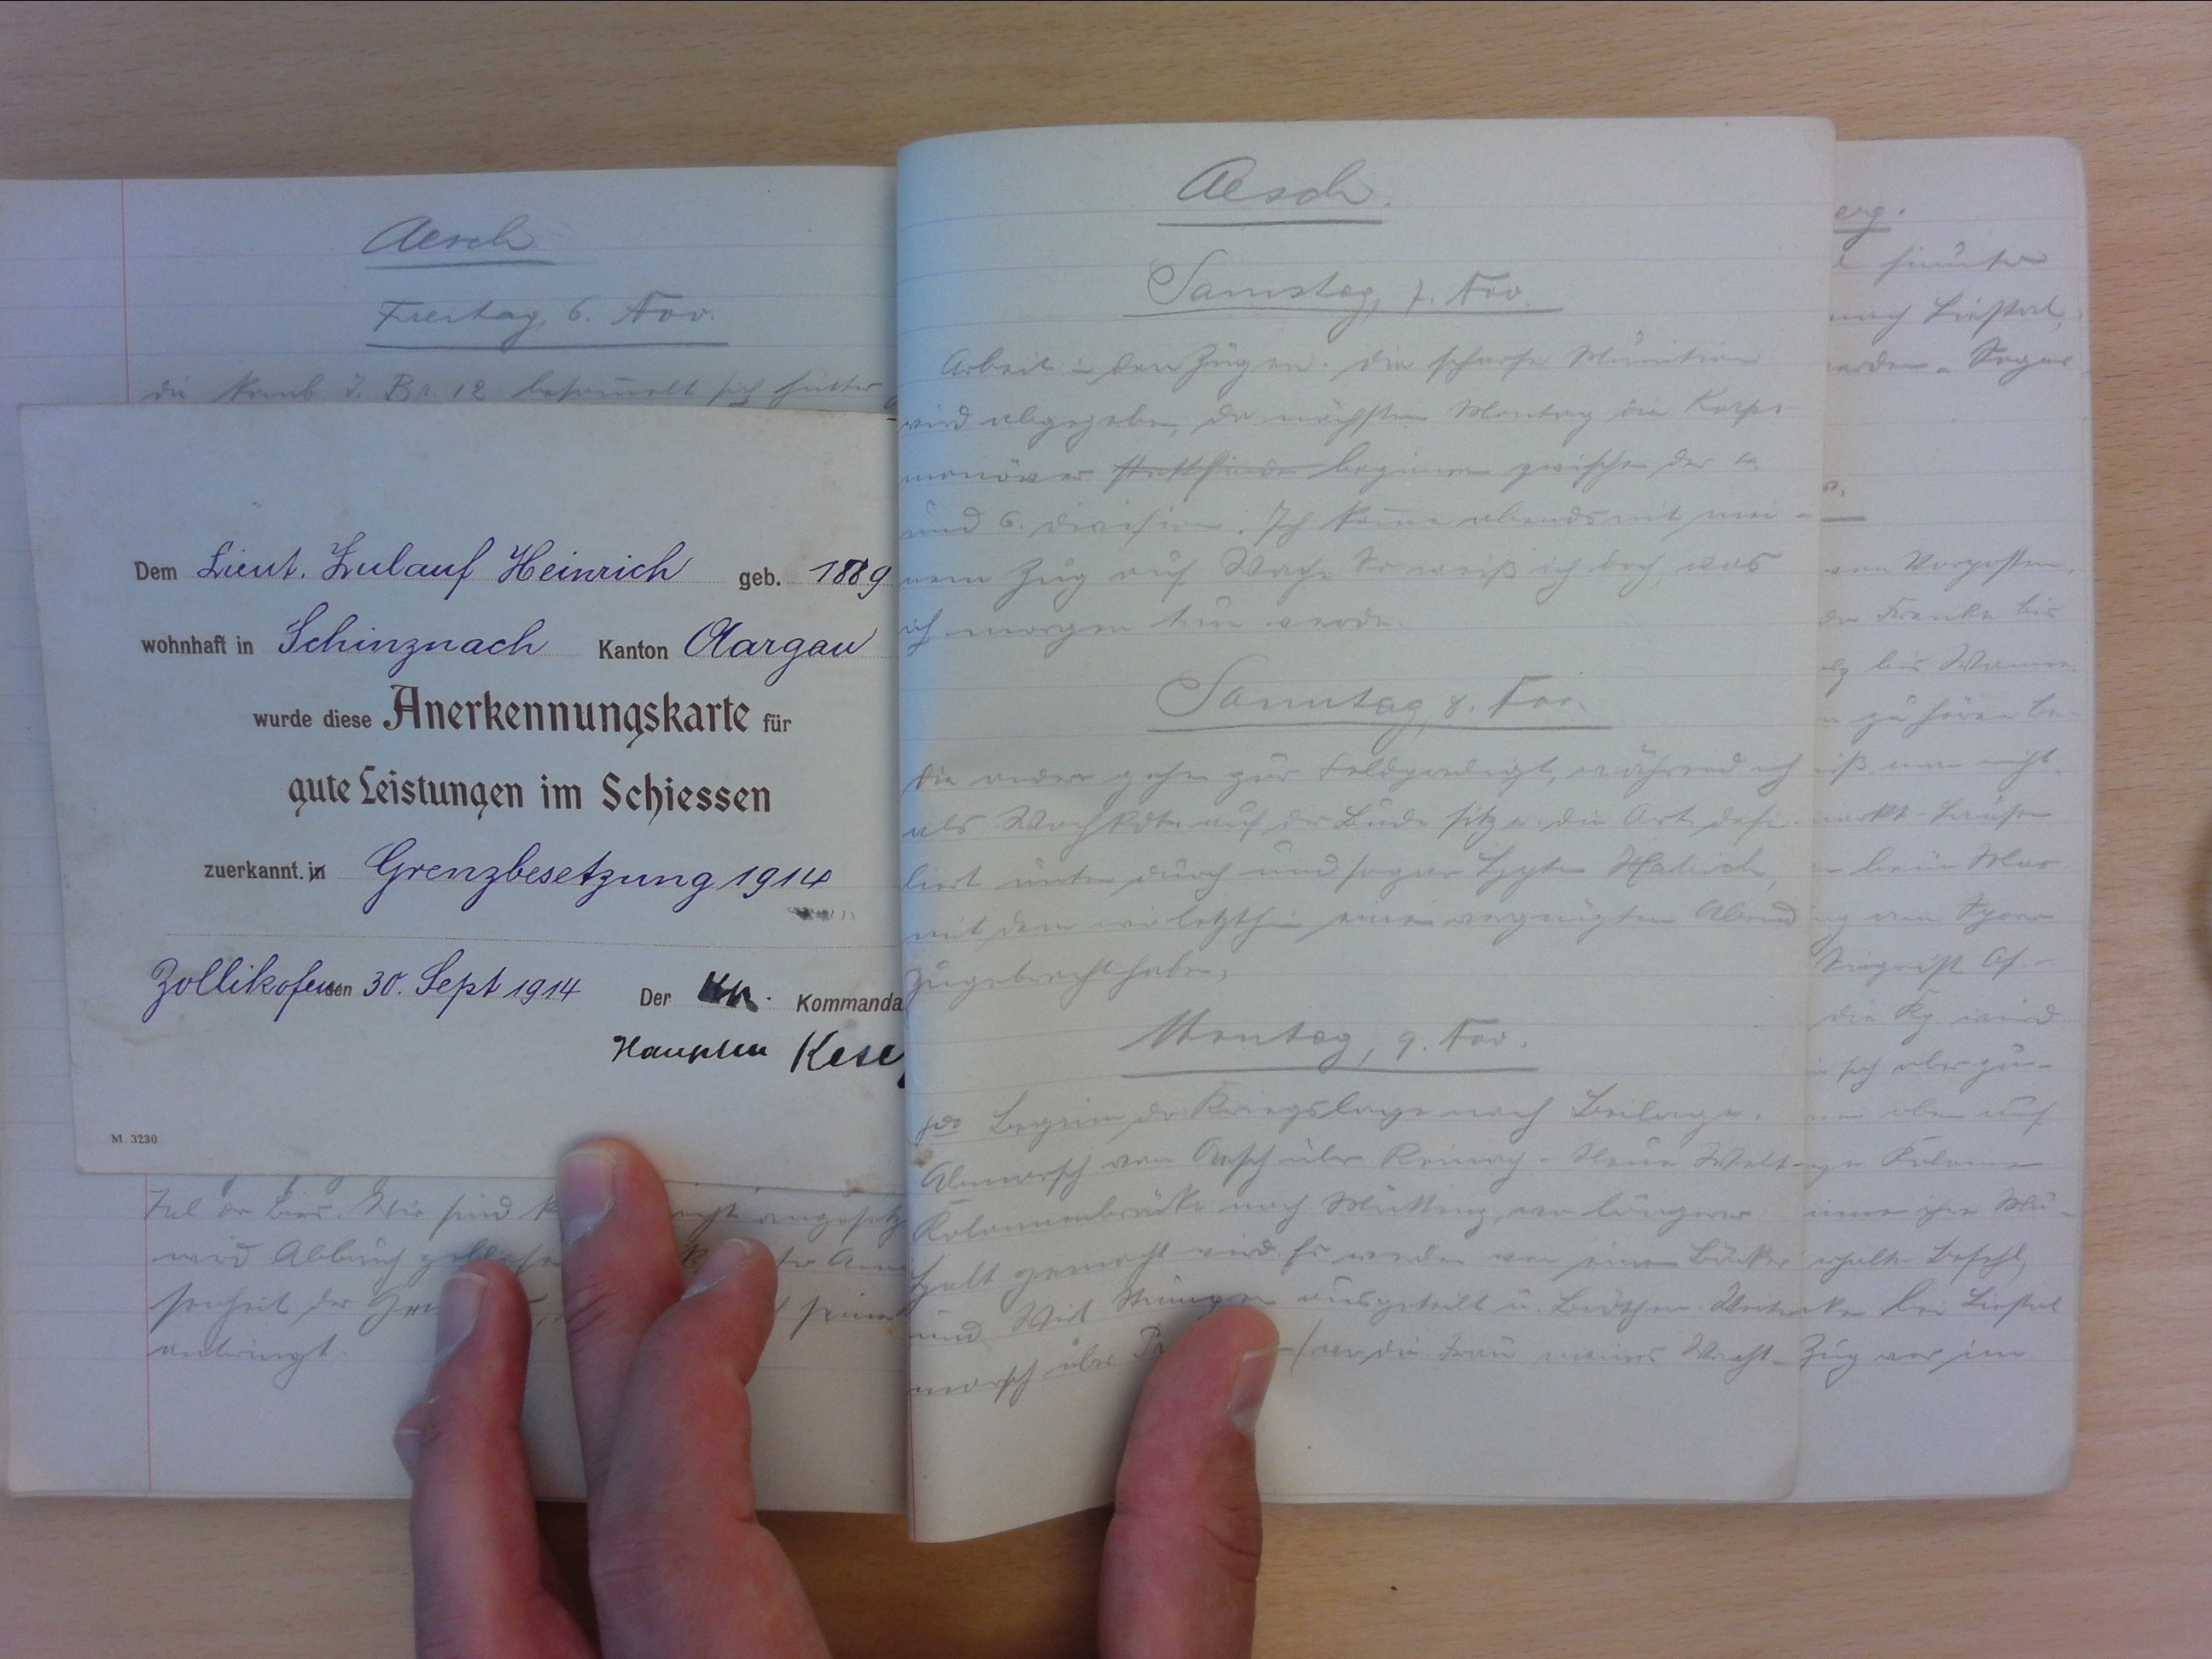
Aesch
Samstag, 7. Nov.
Arbeit in den Zügen. Die scharfe Munition
und abgegeben, da nächsten Montag die Korps-
manöver stattfinden beginnen zwischen der 4.
und 6. Division. Ich komme abends mit mei-
nem Zug auf Wache. So weiss ich doch, was
ich morgen dem werde
Samstag, 8. Nov.
Die andern gehen zur Feldprebigt, während ich
als Wachkdt. auf der Bude sitze. Die Art. defi-
liert unten durch und sogar Hptm. Habich
mit dem wir letzthin einen vergnügten Abend
zugebracht haben.
Montag, 9. Nov.
800 Beginn der Kriegslage nach Beilage.
Abmarsch von Aesch über Reinach - Neue Welt.
Kolonnenbrücke nach Muttenz,, wo längerer
Halt gemacht wird. Es werden von einen Bäcker
und Wirt Stumpfen ausgeteilt u. Brötchen. Weiter-
und sich als
marsch über Pratteln (wo die  die Frau meines Wacht-